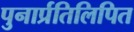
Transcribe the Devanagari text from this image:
पुनार्प्रतिलिपित